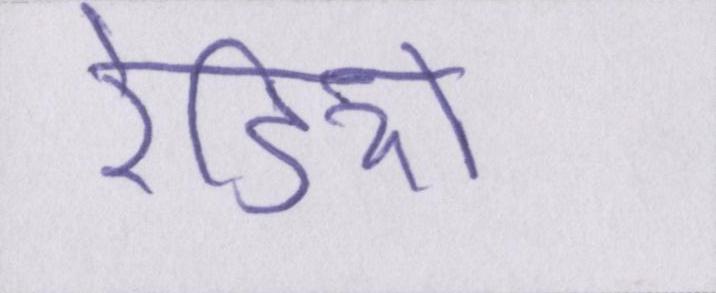
रेडियो